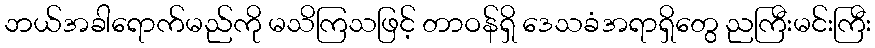
ဘယ်အခါရောက်မည်ကို မသိကြသဖြင့် တာဝန်ရှိ ဒေသခံအရာရှိတွေ ညကြီးမင်းကြီး